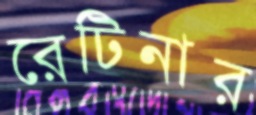
রেটিনার